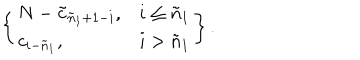
\left\{ \begin{array} { l l } { { N - \tilde { c } _ { \tilde { n } _ { 1 } + 1 - i } , } } & { { i \leq \tilde { n } _ { 1 } } } \\ { { c _ { i - \tilde { n } _ { 1 } } , } } & { { i > \tilde { n } _ { 1 } } } \\ \end{array} \right\} .